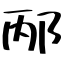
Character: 邴